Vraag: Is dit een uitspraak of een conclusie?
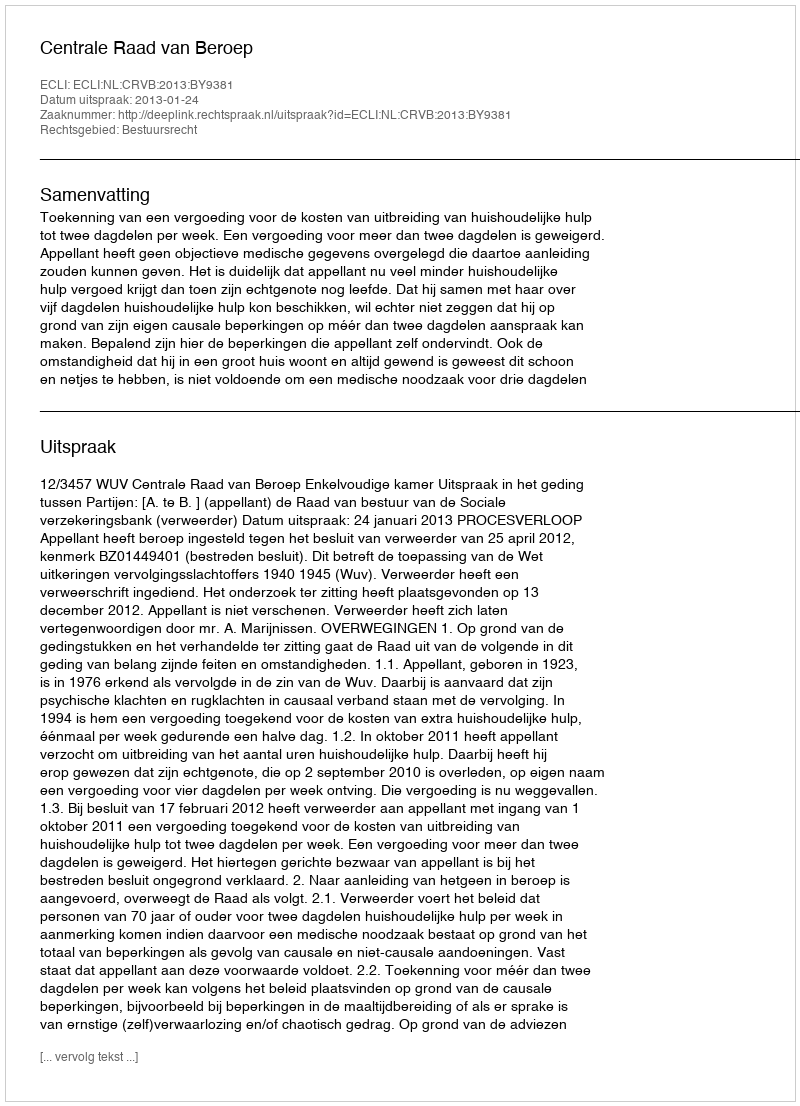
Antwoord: Uitspraak